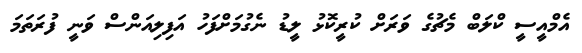
އެމްއީސީ ކްލަބް މެޗުގެ ވަރަށް ކުރީކޮޅު ލީޑު ނެގުމަށްފަހު އަފިލިއަންސް ވަނީ ފުރަތަމަ